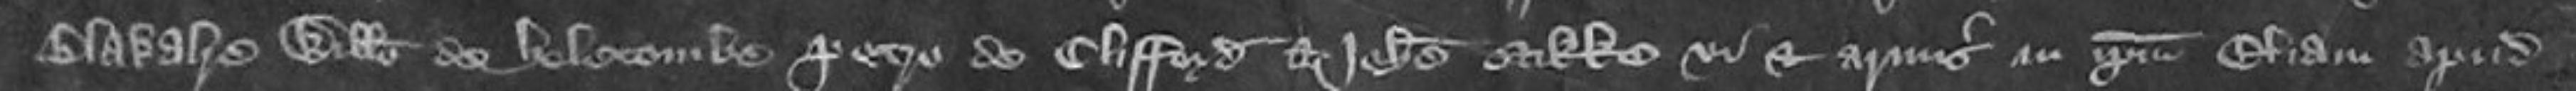
Blakalre Willelmo de Hosecombe Petro de Clifford et Johanne Stibbe vi et armis in ipsum Eliam apud